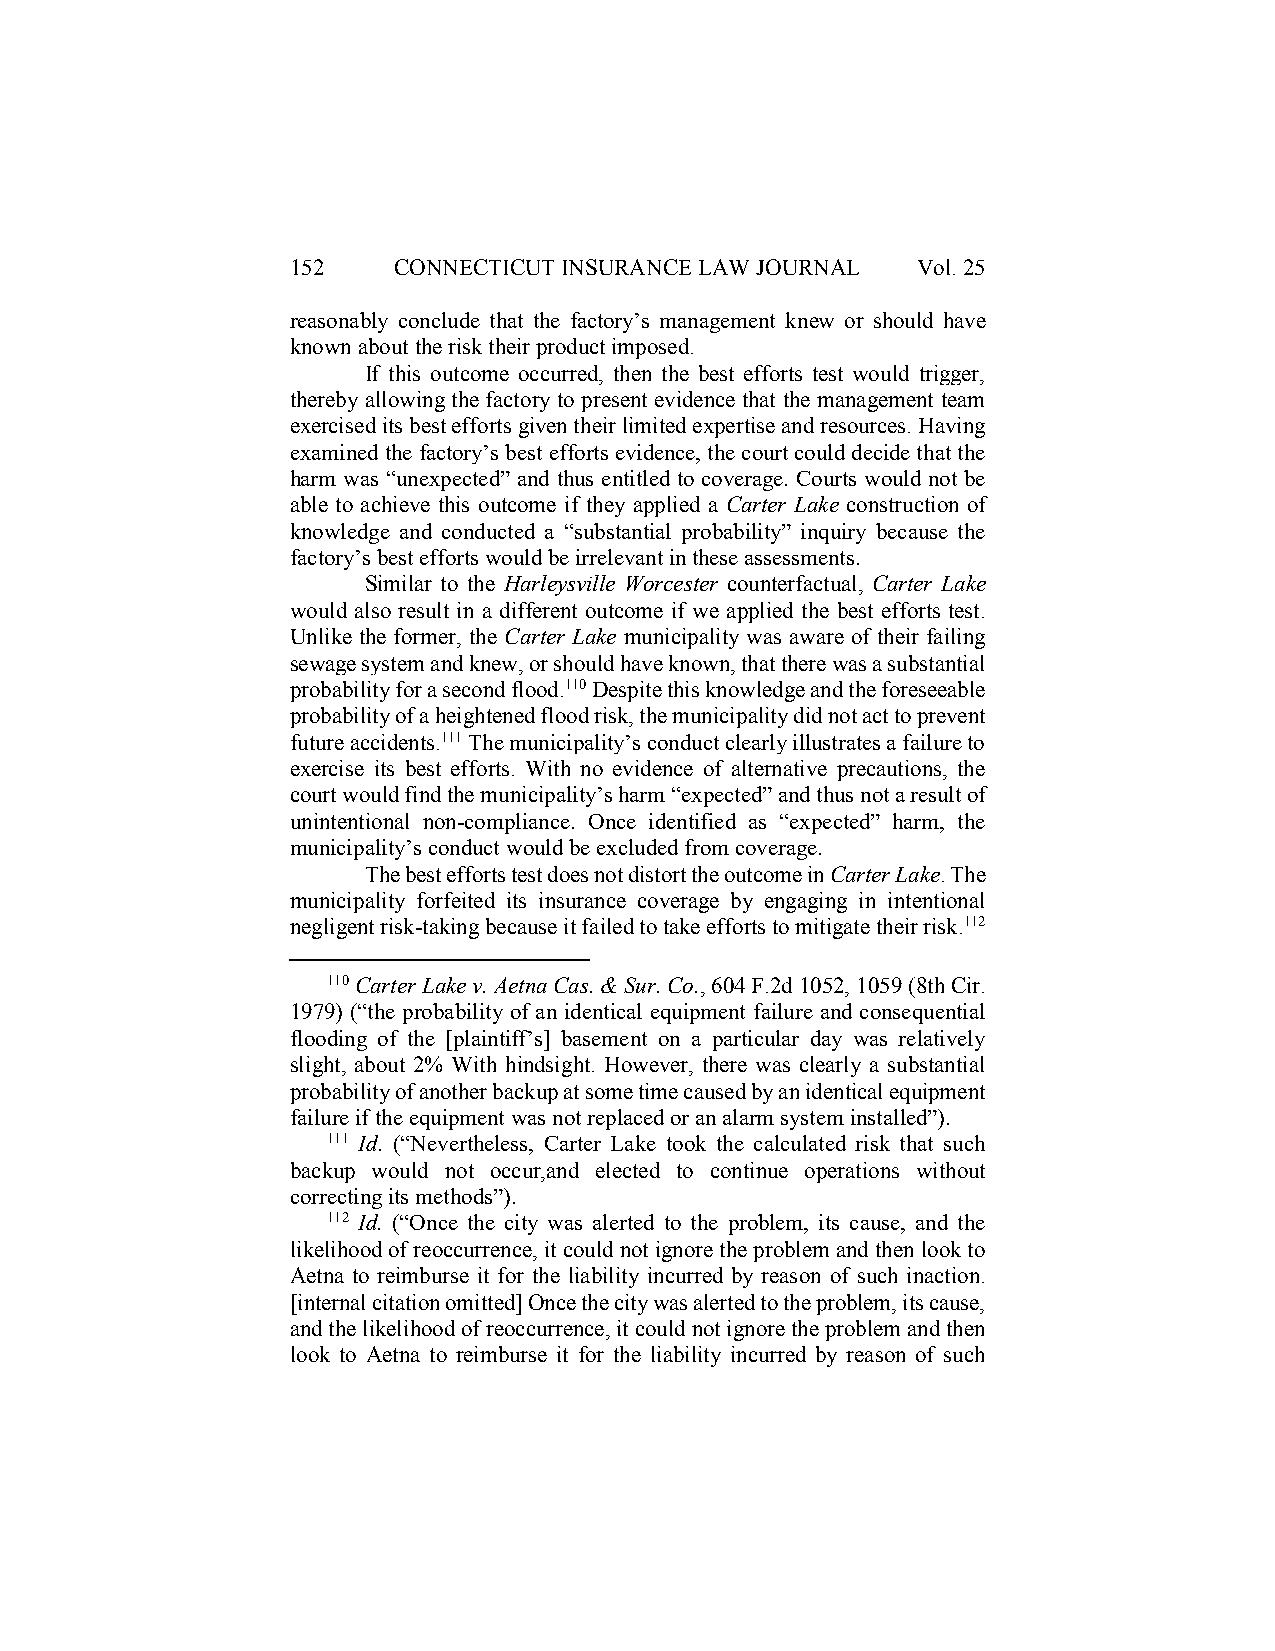
152    CONNECTICUT INSURANCE LAW JOURNAL  Vol. 25
 reasonably conclude that the factory’s management knew or should have
 known about the risk their product imposed.
 If this outcome occurred, then the best efforts test would trigger,
 thereby allowing the factory to present evidence that the management team
 exercised its best efforts given their limited expertise and resources. Having
 examined the factory’s best efforts evidence, the court could decide that the
 harm was “unexpected” and thus entitled to coverage. Courts would not be
 able to achieve this outcome if they applied a Carter Lake construction of
 knowledge and conducted a “substantial probability” inquiry because the
 factory’s best efforts would be irrelevant in these assessments.
 Similar to the Harleysville Worcester counterfactual, Carter Lake
 would also result in a different outcome if we applied the best efforts test.
 Unlike the former, the Carter Lake municipality was aware of their failing
 sewage system and knew, or should have known, that there was a substantial
 probability for a second flood.110 Despite this knowledge and the foreseeable
 probability of a heightened flood risk, the municipality did not act to prevent
 future accidents.111 The municipality’s conduct clearly illustrates a failure to
 exercise its best efforts. With no evidence of alternative precautions, the
 court would find the municipality’s harm “expected” and thus not a result of
 unintentional non-compliance. Once identified as “expected” harm, the
 municipality’s conduct would be excluded from coverage.
 The best efforts test does not distort the outcome in Carter Lake. The
 municipality forfeited its insurance coverage by engaging in intentional
 negligent risk-taking because it failed to take efforts to mitigate their risk.112
 110 Carter Lake v. Aetna Cas. & Sur. Co., 604 F.2d 1052, 1059 (8th Cir.
 1979) (“the probability of an identical equipment failure and consequential
 flooding of the [plaintiff’s] basement on a particular day was relatively
 slight, about 2% With hindsight. However, there was clearly a substantial
 probability of another backup at some time caused by an identical equipment
 failure if the equipment was not replaced or an alarm system installed”).
 111 Id. (“Nevertheless, Carter Lake took the calculated risk that such
 backup would not occur,and elected to continue operations without
 correcting its methods”).
 112 Id. (“Once the city was alerted to the problem, its cause, and the
 likelihood of reoccurrence, it could not ignore the problem and then look to
 Aetna to reimburse it for the liability incurred by reason of such inaction.
 [internal citation omitted] Once the city was alerted to the problem, its cause,
 and the likelihood of reoccurrence, it could not ignore the problem and then
 look to Aetna to reimburse it for the liability incurred by reason of such